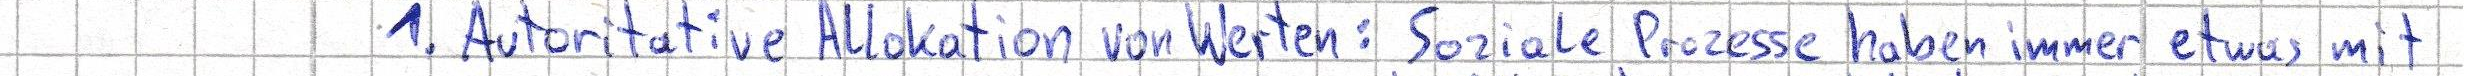
1. Autoritative Allokation von Werten: Soziale Prozesse haben immer etwas mit